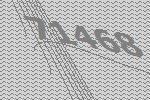
71468